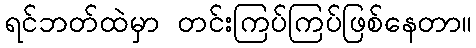
ရင်ဘတ်ထဲမှာ တင်းကြပ်ကြပ်ဖြစ်နေတာ။